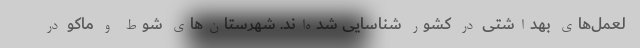
لعمل‌های بهداشتی در کشور شناسایی شده‌اند. شهرستان‌های شوط و ماکو در